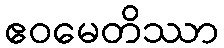
ဧဝမေတိဿာ